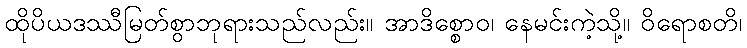
ထိုပိယဒဿီမြတ်စွာဘုရားသည်လည်း။ အာဒိစ္စောဝ၊ နေမင်းကဲ့သို့။ ဝိရောစတိ၊